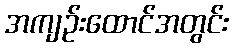
အကျဉ်းထောင်အတွင်း